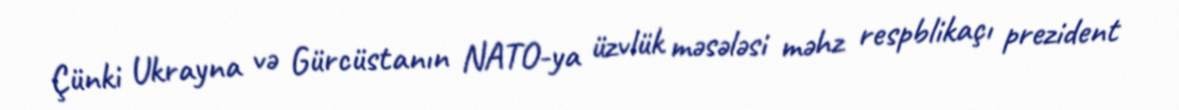
Çünki Ukrayna və Gürcüstanın NATO-ya üzvlük məsələsi məhz respblikaçı prezident